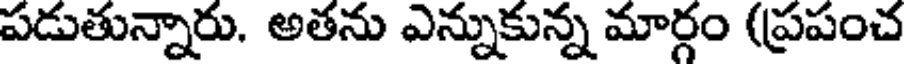
పడుతున్నారు. అతను ఎన్నుకున్న మార్గం (ప్రపంచ